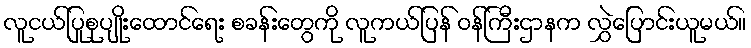
လူငယ်ပြုစုပျိုးထောင်ရေး စခန်းတွေကို လူကယ်ပြန် ဝန်ကြီးဌာနက လွှဲပြောင်းယူမယ်။